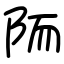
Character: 陑